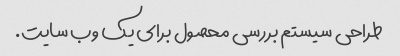
طراحی سیستم بررسی محصول برای یک وب سایت.